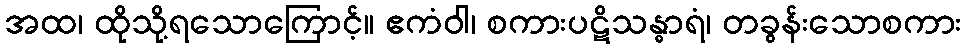
အထ၊ ထိုသို့ရသောကြောင့်။ ဧကံဝါ၊ စကားပဋိသန္ဓာရံ၊ တခွန်းသောစကား